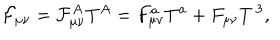
LaTeX: \mathcal { F } _ { \mu \nu } = \mathcal { F } _ { \mu \nu } ^ { A } T ^ { A } = F _ { \mu \nu } ^ { a } T ^ { a } + F _ { \mu \nu } T ^ { \, 3 } ,